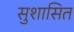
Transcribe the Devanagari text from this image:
सुशासित